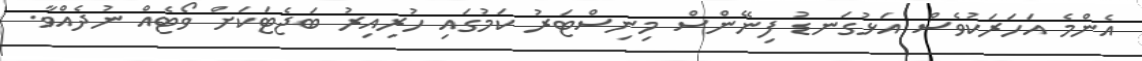
އެންމެ އަހަރަކުވެސް އަޅުގަނޑު ފިނޭންސް މިނިސްޓަރު ކަމުގައި ހުރިއިރު ބަޖެޓަކަށް ވޯޓެއް ނުދެއްވާ.